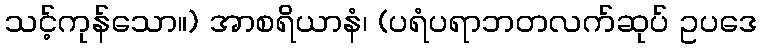
သင့်ကုန်သော။) အာစရိယာနံ၊ (ပရံပရာဘတလက်ဆုပ် ဥပဒေ